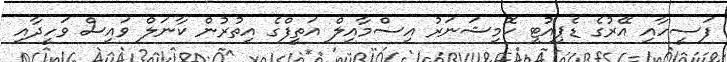
ފަސީހާއި އޭރުގެ ޑެޕިއުޓީ ކޮމިޝަނަރު އިސްމާއިލް އަތީފްގެ އިތުރުން ކާނަލް ވައިސް ވަހީދާއި